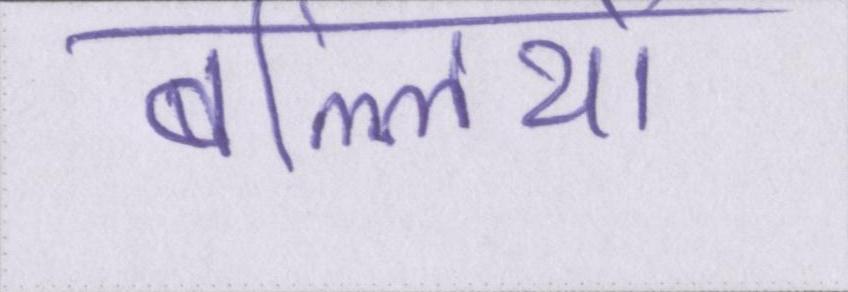
बल्लियों